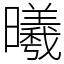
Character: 曦